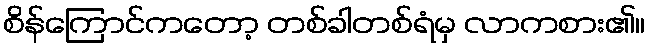
စိန်ကြောင်ကတော့ တစ်ခါတစ်ရံမှ လာကစား၏။